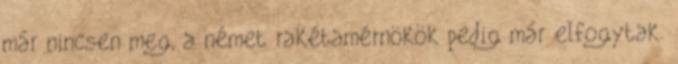
már nincsen meg, a német rakétamérnökök pedig már elfogytak.